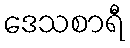
ဒေသစာရီ